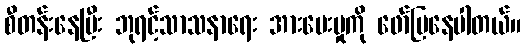
စီတန်းနေပြီး ဘုရင့်သာသနာရေး အားပေးမှုကို ဖော်ပြနေပါတယ်။